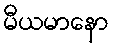
မီယမာနော